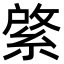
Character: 綮